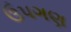
ઉપગણ